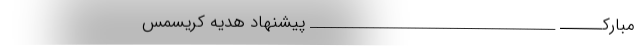
مبارکــــــ ___________________________________ پیشنهاد هدیه کریسمس